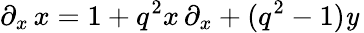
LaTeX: \partial_{x}\, x=1+q^{2}x\, \partial_{x}+(q^{2}-1)\mathit{y}\,